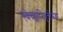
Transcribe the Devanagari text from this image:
स्वेच्छानिवृत्तीनंतर